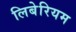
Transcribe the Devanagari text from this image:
लिबेरियम